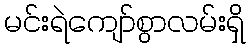
မင်းရဲကျော်စွာလမ်းရှိ